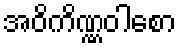
အဝိကိဏ္ဏဝါစော